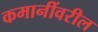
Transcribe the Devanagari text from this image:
कमानींवरील